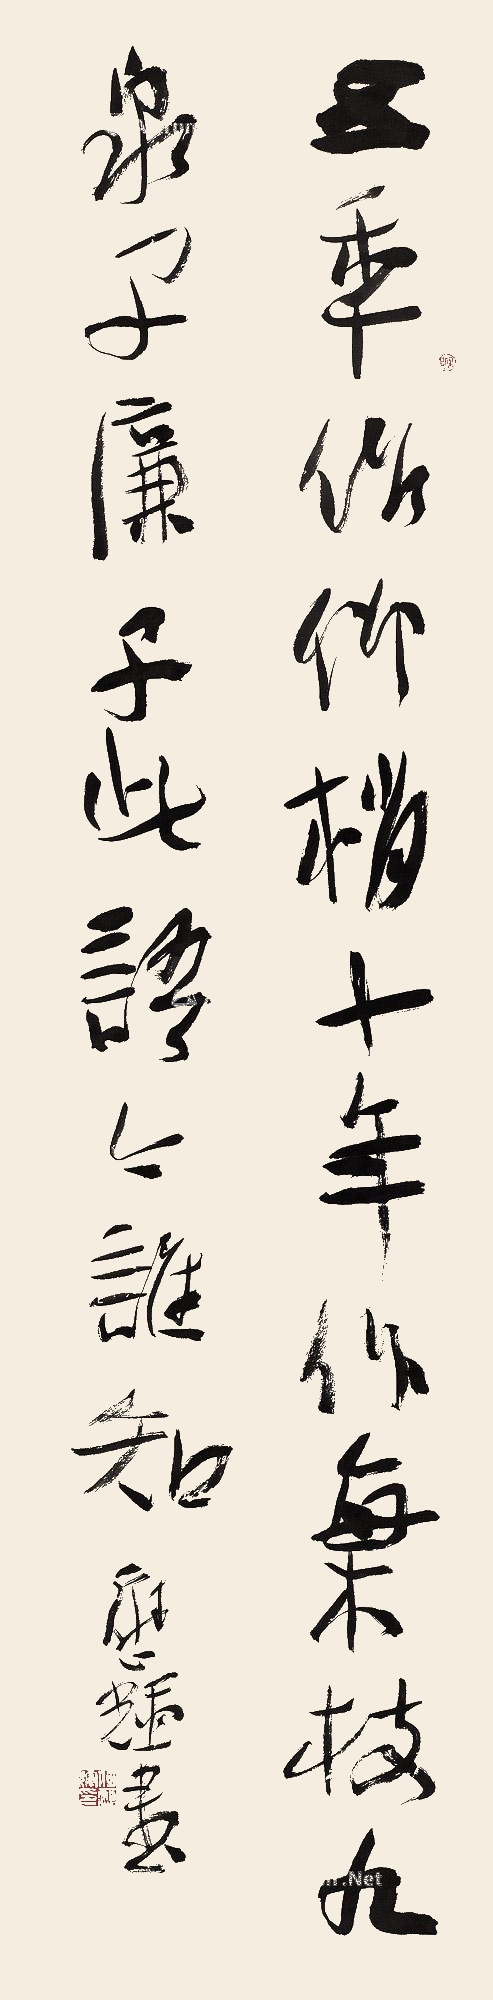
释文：五年作竹梢，十年作梅枝。九泉子廉子，此语今谁知？应辉书。